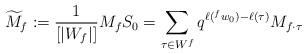
LaTeX: \begin{align*}\widetilde{M}_f:=\frac{1}{[|W_f|]} M_f S_0=\sum_{\tau\in W^f}q^{\ell(^fw_0)-\ell(\tau)}M_{f\cdot\tau}\end{align*}